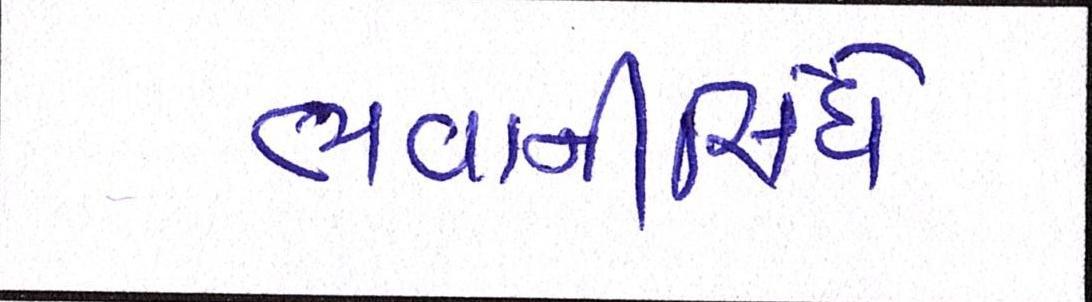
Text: ભવાનીસિંઘે